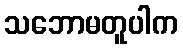
သဘောမတူပါက